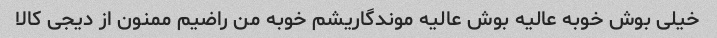
خیلی بوش خوبه عالیه بوش عالیه موندگاریشم خوبه من راضیم ممنون از دیجی کالا